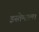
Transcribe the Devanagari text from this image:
इस्तेमाल।